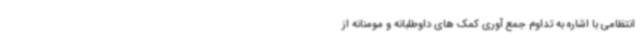
انتظامی با اشاره به تداوم جمع آوری کمک های داوطلبانه و مومنانه از